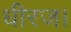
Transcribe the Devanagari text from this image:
धीरज।